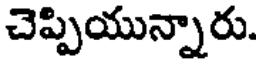
చెప్పియున్నారు.